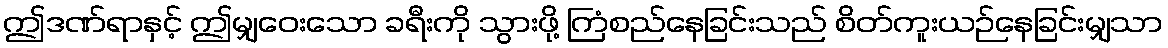
ဤဒဏ်ရာနှင့် ဤမျှဝေးသော ခရီးကို သွားဖို့ ကြံစည်နေခြင်းသည် စိတ်ကူးယဉ်နေခြင်းမျှသာ